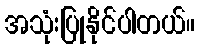
အသုံးပြုနိုင်ပါတယ်။